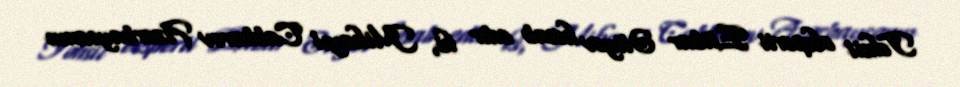
Təhsil eksperti Etibar Əliyev hesab edir ki, Mikayıl Cabbarov Azərbaycanın